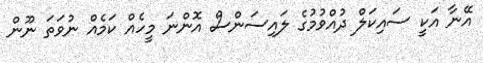
އޭނާ އަކީ ސައިކަލް ދުއްވުމުގެ ލައިސަންސް އޮންނަ މީހެއް ކަމެއް ނުވަތަ ނޫން